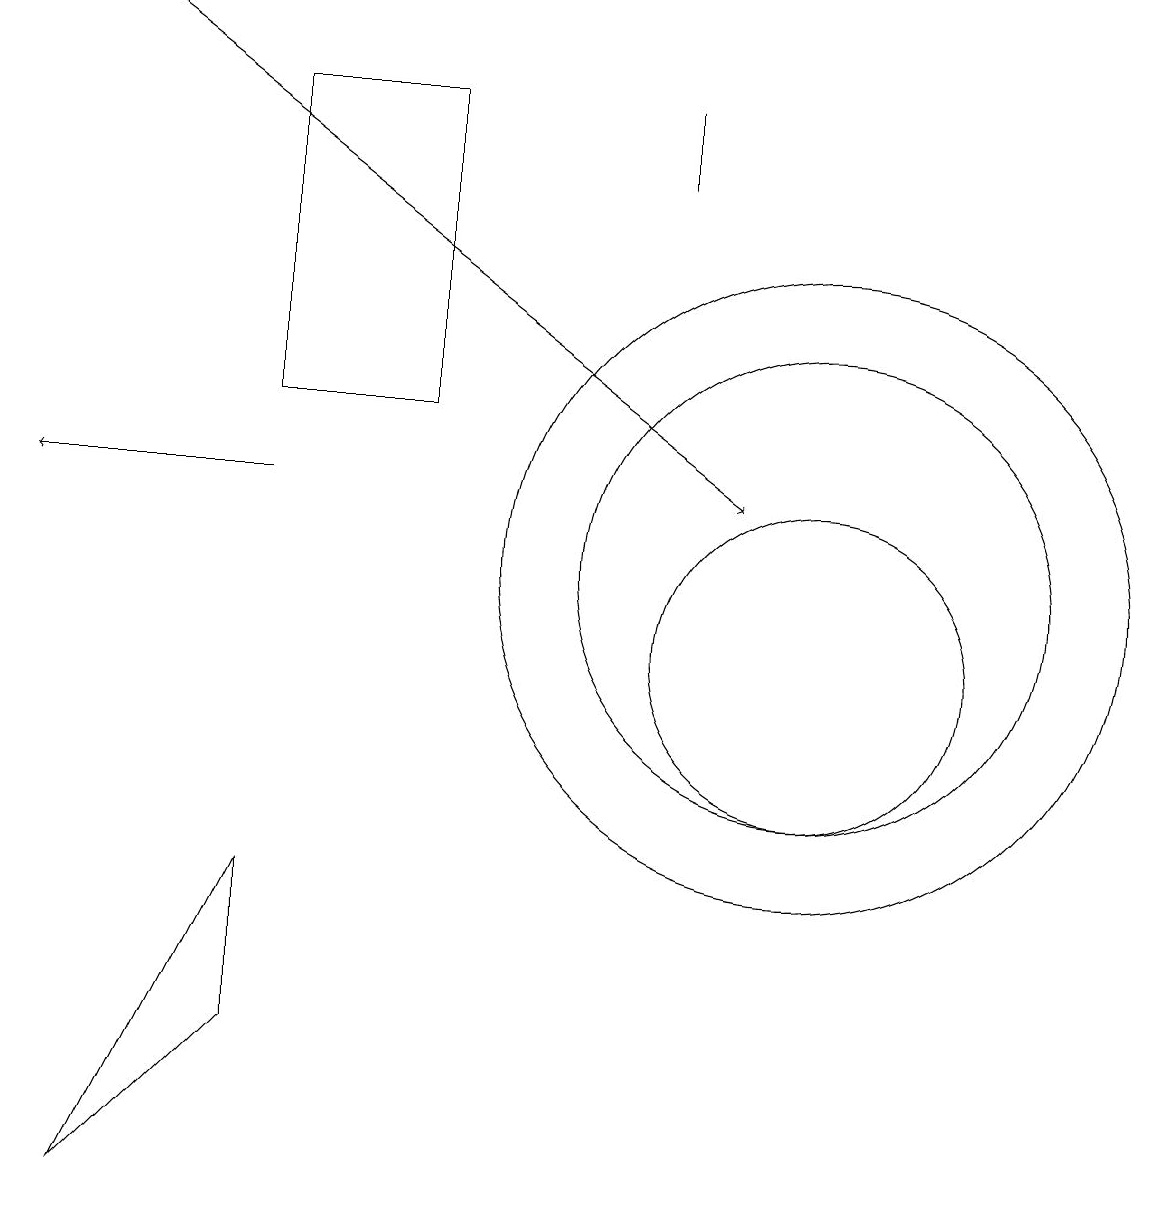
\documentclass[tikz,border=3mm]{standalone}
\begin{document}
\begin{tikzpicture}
\draw (3,7) -- (3,5) -- (1,3) -- cycle;
\draw (10,11) circle (3);
\draw[->] (3,12) -- (0,12);
\draw (10,11) circle (4);
\draw (10,10) circle (2);
\draw[->] (1,18) -- (9,12);
\draw (8,16) rectangle (8,17);
\draw (5,17) rectangle (3,13);
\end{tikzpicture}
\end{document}